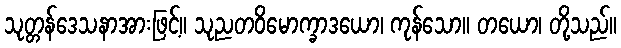
သုတ္တန်ဒေသနာအားဖြင့်။ သုညတဝိမောက္ခာဒယော၊ ကုန်သော။ တယော၊ တို့သည်။